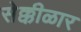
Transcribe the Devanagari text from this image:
सेक्कीळार